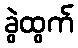
ခွဲထွက်